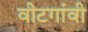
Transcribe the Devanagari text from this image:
वीटगांवी